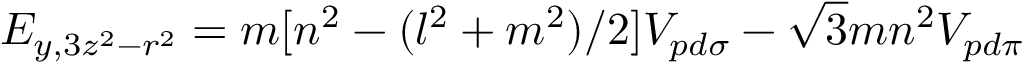
E _ { y , 3 z ^ { 2 } - r ^ { 2 } } = m [ n ^ { 2 } - ( l ^ { 2 } + m ^ { 2 } ) / 2 ] V _ { p d \sigma } - { \sqrt { 3 } } m n ^ { 2 } V _ { p d \pi }